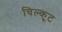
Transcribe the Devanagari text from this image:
चिल्कूट